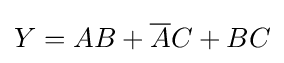
Y=AB+{\overline {A}}C+BC